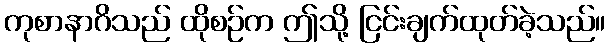
ကုစာနာဂိသည် ထိုစဉ်က ဤသို့ ငြင်းချက်ထုတ်ခဲ့သည်။